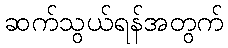
ဆက်သွယ်ရန်အတွက်